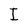
Character: I